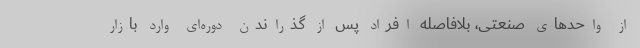
از واحدهای صنعتی، بلافاصله افراد پس از گذراندن دوره‌ای وارد بازار